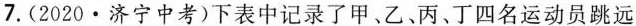
7.(2020·济宁中考)下表中记录了甲、乙、丙、丁四名运动员跳远